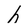
Character: h